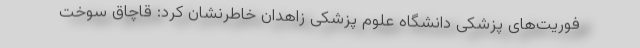
فوریت‌های پزشکی دانشگاه علوم پزشکی زاهدان خاطرنشان کرد: قاچاق سوخت